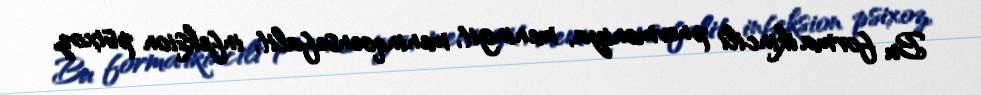
Bu forma ikincili pnevmoniya, meningit, meninqoensefalit, infeksion psixoz,